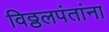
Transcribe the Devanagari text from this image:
विठ्ठलपंतांना